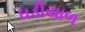
ઘડીયાળ